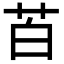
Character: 苩